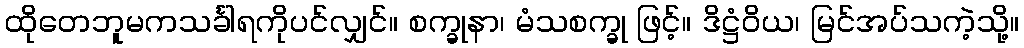
ထိုတေဘူမကသင်္ခါရကိုပင်လျှင်။ စက္ခုနာ၊ မံသစက္ခု ဖြင့်။ ဒိဋ္ဌံဝိယ၊ မြင်အပ်သကဲ့သို့။